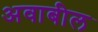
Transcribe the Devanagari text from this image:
अवाबील